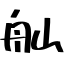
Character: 舢